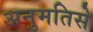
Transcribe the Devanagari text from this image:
अनुमतिसे